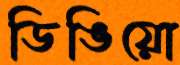
ডিঙিয়ো